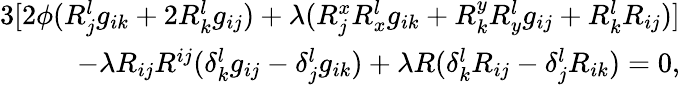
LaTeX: \begin{array}{r}{3[2\phi(R_{j}^{l}g_{ik}+2R_{k}^{l}g_{ij})+\lambda(R_{j}^{x}R_{x}^{l}g_{ik}+R_{k}^{y}R_{y}^{l}g_{ij}+R_{k}^{l}R_{ij})]}\\ {-\lambda R_{ij}R^{ij}(\delta_{k}^{l}g_{ij}-\delta_{j}^{l}g_{ik})+\lambda R(\delta_{k}^{l}R_{ij}-\delta_{j}^{l}R_{ik})=0,}\end{array}